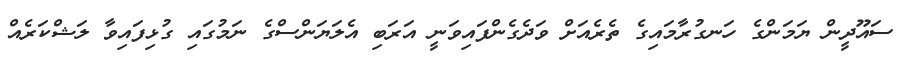
ސައޫދީން ޔަމަންގެ ހަނގުރާމައިގެ ތެރެއަށް ވަދެގެންފައިވަނީ އަރަބި އެލަޔަންސްގެ ނަމުގައި ގުޅިފައިވާ ލަޝްކަރެއް